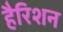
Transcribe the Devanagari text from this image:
हैरिशन